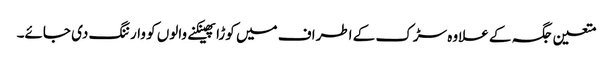
متعین جگہ کے علاوہ سڑک کے اطراف میں کوڑا پھینکنے والوں کو وارننگ دی جائے۔